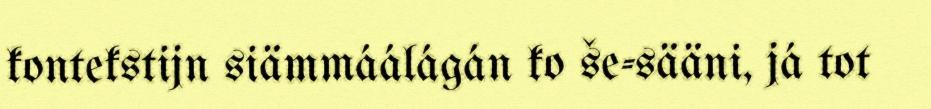
kontekstijn siämmáálágán ko še-sääni, já tot